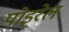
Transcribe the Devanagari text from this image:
पोइरेल